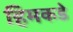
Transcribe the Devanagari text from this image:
हिमकडे